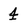
Character: 4